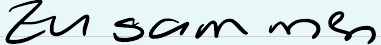
Zusammen